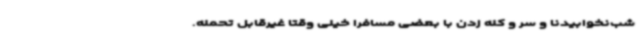
شب‌نخوابیدنا و سر و کله زدن با بعضی مسافرا خیلی وقتا غیرقابل تحمله.